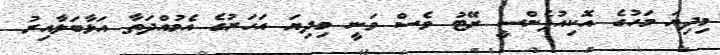
މިދިޔަ މަހުގެ އޮކިއުޕެންސީ ރޭޓު ވެސް ވަނީ މިދިޔަ އަހަރުގެ އެމުއްދަތާ އަޅާބަލާއިރު